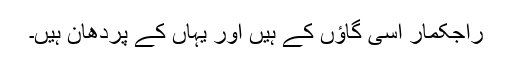
راجکمار اسی گاؤں کے ہیں اور یہاں کے پردھان ہیں۔